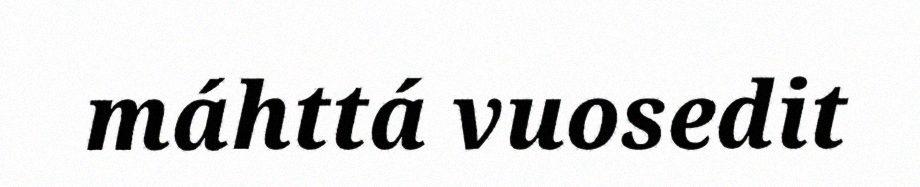
máhttá vuosedit